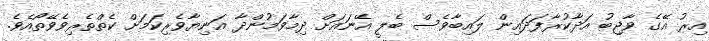
އިރު އޭގެ ވާޖިބު އަދާކުރާފަދައިން ލައިބާވެސް ބެލީ އޭނައަށް ދިމާވަމުންދާ އަނިޔާވެރިކަމަށް ކެތްތެރިވެވޭތޯއެވެ.